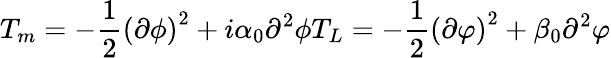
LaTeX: T_{m}=-{\frac{1}{2}}\left(\partial\phi\right)^{2}+i\alpha_{0}\partial^{2}\phi T_{L}=-{\frac{1}{2}}\left(\partial\varphi\right)^{2}+\beta_{0}\partial^{2}\varphi